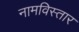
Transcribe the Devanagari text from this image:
नामविस्‍तार